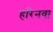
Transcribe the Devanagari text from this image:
हरिनवा